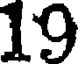
19